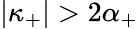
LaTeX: |\kappa_{+}|>2\alpha_{+}